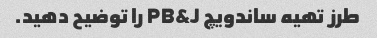
طرز تهیه ساندویچ PB&J را توضیح دهید.